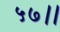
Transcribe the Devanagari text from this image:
५७।।